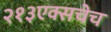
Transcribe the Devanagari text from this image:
२१३एक्सचेच